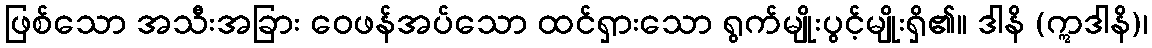
ဖြစ်သော အသီးအခြား ဝေဖန်အပ်သော ထင်ရှားသော ရွက်မျိုးပွင့်မျိုးရှိ၏။ ဒါနိ (ဣဒါနိ)၊